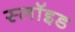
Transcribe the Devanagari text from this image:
स्लॉइड